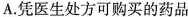
A.凭医生处方可购买的药品